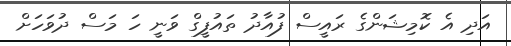
އަދި އެ ކޮމިޝަންގެ ރައީސް ފުއާދު ތައުފީގް ވަނީ ހަ މަސް ދުވަހަށް